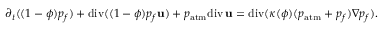
\partial _ { t } ( ( 1 - \phi ) p _ { f } ) + \mathrm { d i v } ( ( 1 - \phi ) p _ { f } { \bf u } ) + p _ { \mathrm { a t m } } \mathrm { d i v } \, { \bf u } = \mathrm { d i v } ( \kappa ( \phi ) ( p _ { \mathrm { a t m } } + p _ { f } ) \nabla p _ { f } ) .